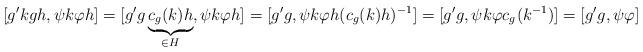
LaTeX: \begin{align*}[g'kgh,\psi k \varphi h]=[g'g\underbrace{c_g(k)h}_{\in H}, \psi k \varphi h]=[g'g, \psi k \varphi h (c_{g}(k)h)^{-1}]=[g'g, \psi k \varphi c_{g^{}}(k^{-1})]=[g'g,\psi\varphi]\end{align*}